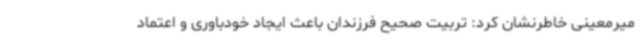
میرمعینی خاطرنشان کرد: تربیت صحیح فرزندان باعث ایجاد خودباوری و اعتماد